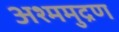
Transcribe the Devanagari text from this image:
अश्ममुद्रण